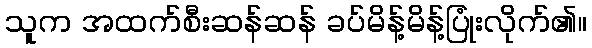
သူက အထက်စီးဆန်ဆန် ခပ်မိန့်မိန့်ပြုံးလိုက်၏။